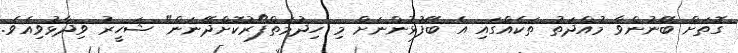
ގޮތަށް ބޭނުންވާ މުއްދަތު ތަކެއްގައި އެ ބޭފުޅުންނަށް މި ހިދުމަތްފޯރުކޮށްދޭނަން" ޝަހީރު ވިދާޅުވިއެވެ.